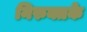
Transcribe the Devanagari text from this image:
निरुक्तके